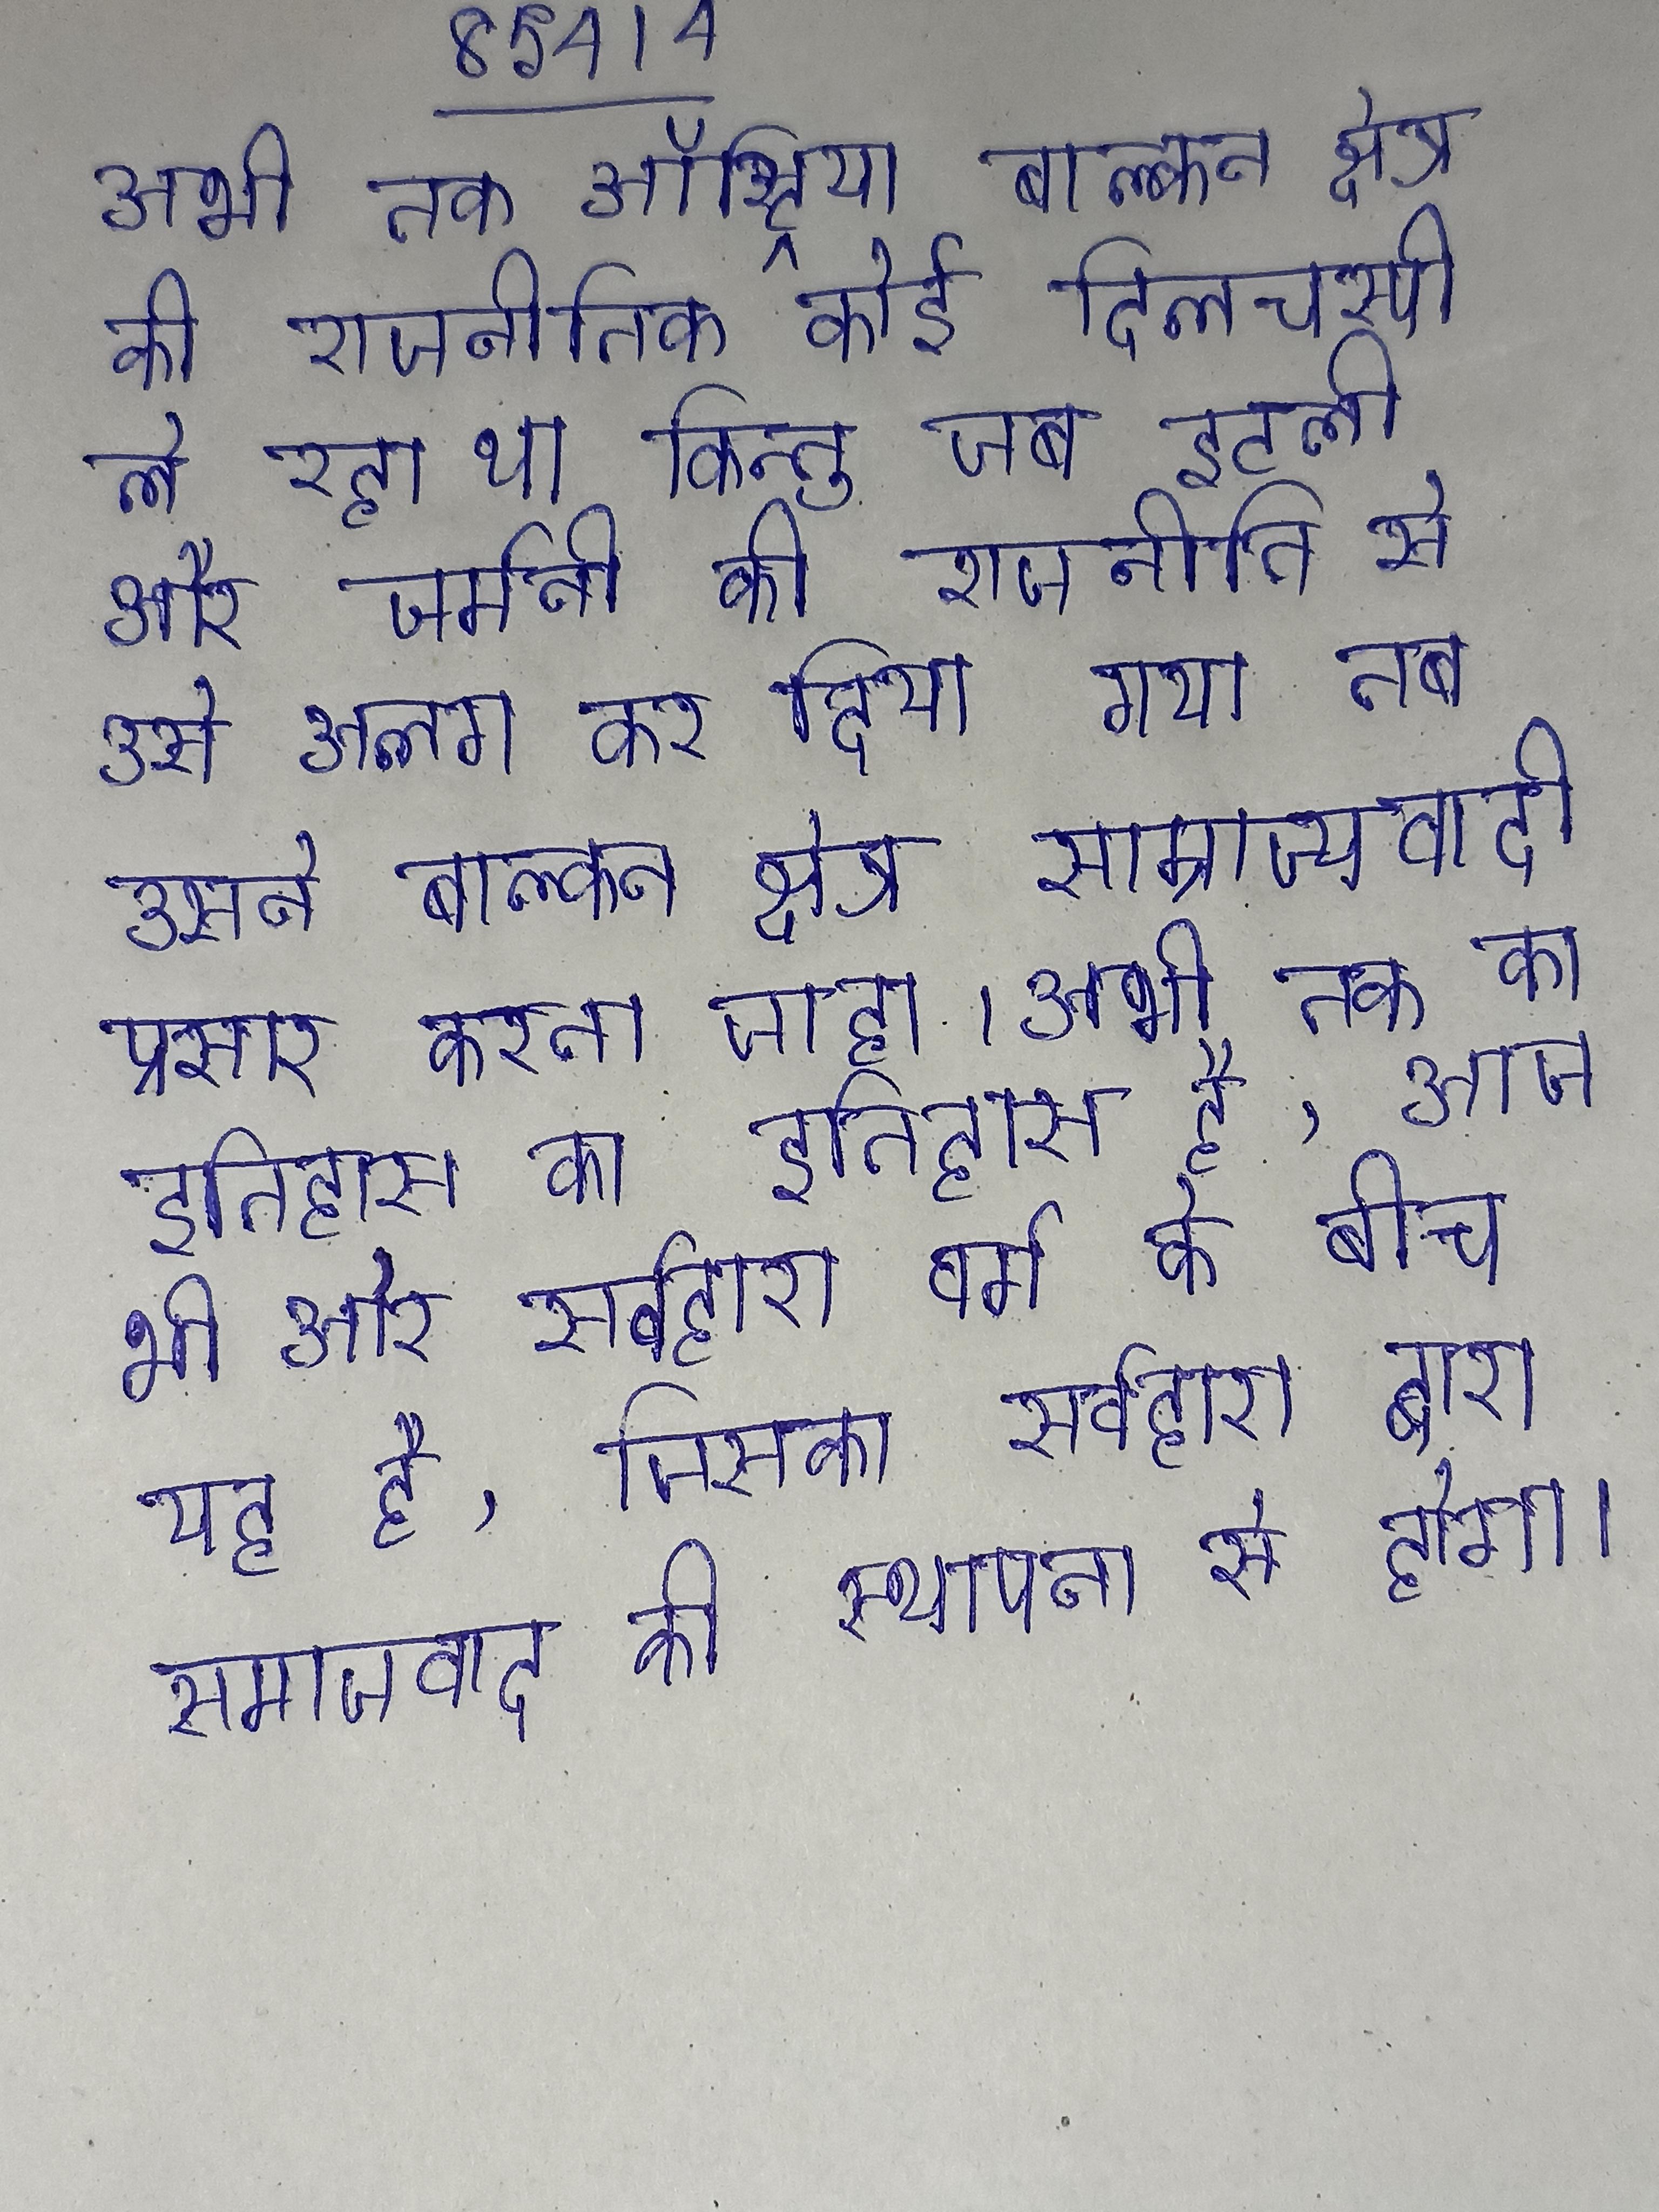
अभी तक ऑस्ट्रिया बाल्कन क्षेत्र की राजनीतिक कोई दिलचस्पी ले रहा था किन्तु जब इटली और जर्मनी की राजनीति से उसे अलग कर दिया गया तब उसने बाल्कन क्षेत्र साम्राज्यवादी प्रसार करना चाहा । अभी तक का इतिहास का इतिहास है, आज भी और सर्वहारा वर्ग के बीच यह है, जिसका सर्वहारा द्वारा समाजवाद की स्थापना से होगा ।